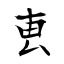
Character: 叀